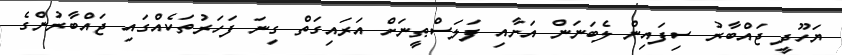
ޔަހޫދީ ޖައްބާރު ސިފައިން ލެބަނަން އަށާއި ފަލަސްޠީނަށް އަރައިގަތް ގިނަ ފަހަރުތަކެއްގައި ޖައްބާރުންގެ